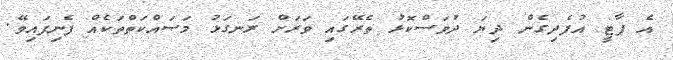
އެ ޕާޓީ އުފެދިގެން ދިޔަ ދުވަސްކޮޅު ތެރޭގައި ވަރަށް ރަނގަޅު މަސައްކަތްތަކެއް ފެނިފައިވޭ.